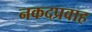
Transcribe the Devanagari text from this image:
नकदप्रवाह